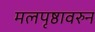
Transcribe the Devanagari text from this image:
मलपृष्ठावरुन